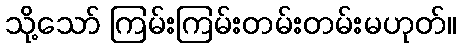
သို့သော် ကြမ်းကြမ်းတမ်းတမ်းမဟုတ်။